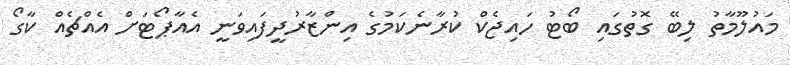
މައުލޫމާތު ލިބޭ ގޮތުގައި ބޯޓު ހައިޖެކް ކުރާނެކަމުގެ އިންޒާރުދީފައިވަނީ އެއާޕޯޓަށް އެއްޗެއް ކާގޯ